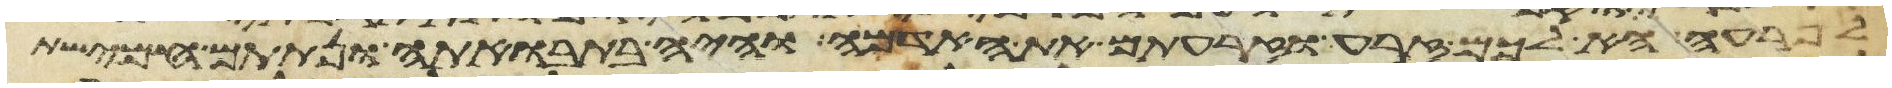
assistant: לפרעה הא לכם זרע וזרעתם את האדמה והיה בתבואתה ונתתם חמישת